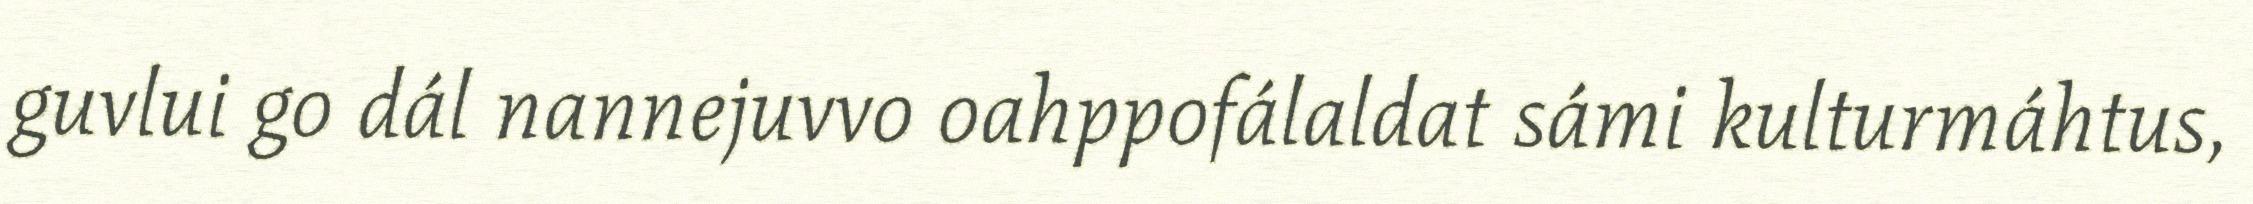
guvlui go dál nannejuvvo oahppofálaldat sámi kulturmáhtus,